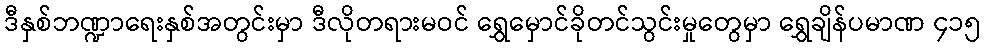
ဒီနှစ်ဘဏ္ဍာရေးနှစ်အတွင်းမှာ ဒီလိုတရားမဝင် ရွှေမှောင်ခိုတင်သွင်းမှုတွေမှာ ရွှေချိန်ပမာဏ ၄၁၅